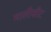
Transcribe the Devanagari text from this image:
मालीसीट